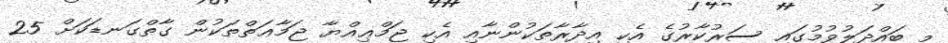
މި ބައްދަލުވުމުގައި ސަރުކާރުގެ އެކި އިދާރާތަކުންނާއި އެކި ޖަމްޢިއްޔާ ޖަމާޢަތްތަކުން ގާތްގަނޑަކަށް 25